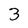
Character: 3